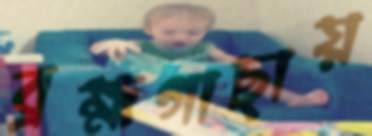
ব্রহ্মগাছায়